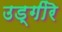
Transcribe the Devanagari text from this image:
उड्गीरॆ